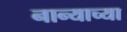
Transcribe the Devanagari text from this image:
नान्याच्या